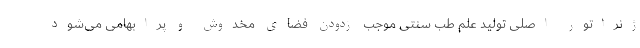
ژنراتور اصلی تولید علم طب سنتی موجب زدودن فضای مخدوش و پرابهامی می‌شود